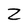
Character: Z